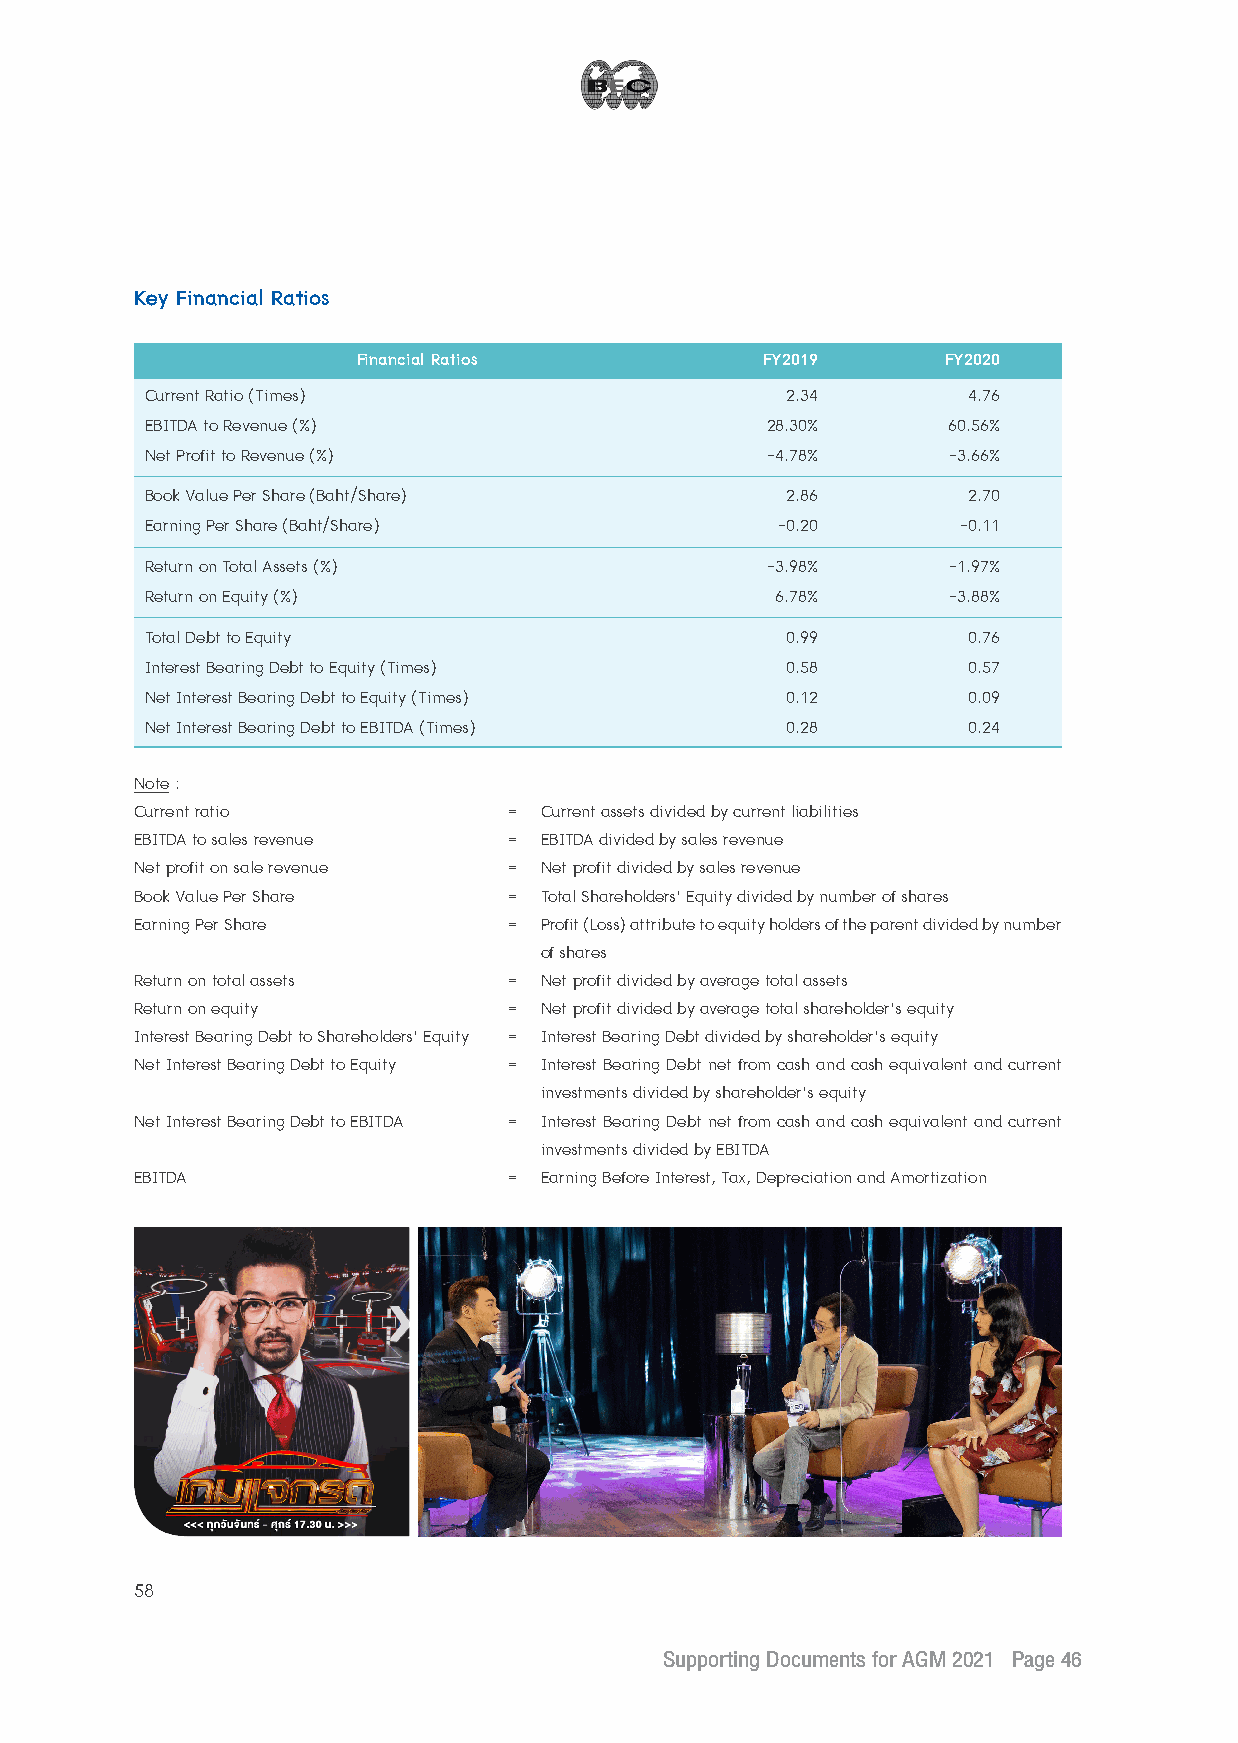
Key Financial Ratios
 Financial Ratios           FY2019      FY2020
 Current Ratio (Times)                      2.34        4.76
 EBITDA to Revenue (%)                     28.30%      60.56%
 Net Profit to Revenue (%)                 -4.78%      -3.66%
 Book Value Per Share (Baht/Share)          2.86        2.70
 Earning Per Share (Baht/Share)            -0.20       -0.11
 Return on Total Assets (%)                -3.98%      -1.97%
 Return on Equity (%)                      6.78%       -3.88%
 Total Debt to Equity                       0.99        0.76
 Interest Bearing Debt to Equity (Times)    0.58        0.57
 Net Interest Bearing Debt to Equity (Times) 0.12       0.09
 Net Interest Bearing Debt to EBITDA (Times) 0.28       0.24
 Note :
 Current ratio            = Current assets divided by current liabilities
 EBITDA to sales revenue  = EBITDA divided by sales revenue
 Net profit on sale revenue = Net profit divided by sales revenue
 Book Value Per Share     = Total Shareholders’ Equity divided by number of shares
 Earning Per Share        = Profit (Loss) attribute to equity holders of the parent divided by number
 of shares
 Return on total assets   = Net profit divided by average total assets
 Return on equity         = Net profit divided by average total shareholder’s equity
 Interest Bearing Debt to Shareholders’ Equity = Interest Bearing Debt divided by shareholder’s equity
 Net Interest Bearing Debt to Equity = Interest Bearing Debt net from cash and cash equivalent and current
 investments divided by shareholder’s equity
 Net Interest Bearing Debt to EBITDA = Interest Bearing Debt net from cash and cash equivalent and current
 investments divided by EBITDA
 EBITDA                   = Earning Before Interest, Tax, Depreciation and Amortization
 58
 Supporting Documents for AGM 2021 Page 46
 __2211--00330011 BBEECC EEnngg22..iinndddd 4466                          11//44//22556644 BBEE 1133::1155